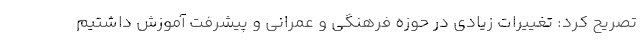
تصریح کرد: تغییرات زیادی در حوزه فرهنگی و عمرانی و پیشرفت آموزش داشتیم